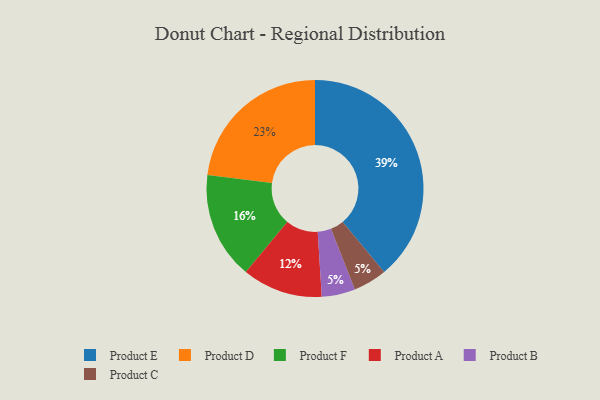
{"axis": {"x": "Category", "y": "Percentage"}, "legend": ["Product A", "Product B", "Product C", "Product D", "Product E", "Product F"], "data": [{"x": "Product E", "y": 39, "type": "Product E"}, {"x": "Product F", "y": 16, "type": "Product F"}, {"x": "Product B", "y": 5, "type": "Product B"}, {"x": "Product A", "y": 12, "type": "Product A"}, {"x": "Product D", "y": 23, "type": "Product D"}, {"x": "Product C", "y": 5, "type": "Product C"}]}